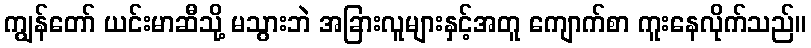
ကျွန်တော် ယင်းမာဆီသို့ မသွားဘဲ အခြားလူများနှင့်အတူ ကျောက်စာ ကူးနေလိုက်သည်။